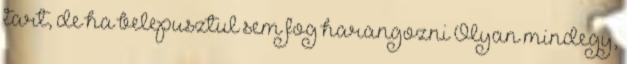
tart, de ha belepusztul sem fog harangozni Olyan mindegy,